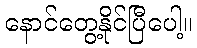
နောင်တွေ့နိုင်ပြီပေါ့။